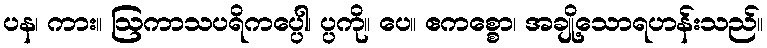
ပန၊ ကား။ ဩကာသပရိကပ္ပေါ၊ ပ္ပကို။ ပေ။ ဧကစ္စော၊ အချို့သောရဟန်းသည်။